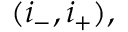
( i _ { - } , i _ { + } ) ,